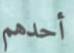
أحدهم